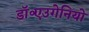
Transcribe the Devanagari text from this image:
डॉ॰एउगेनियो